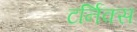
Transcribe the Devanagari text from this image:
टर्निक्स